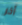
آخر